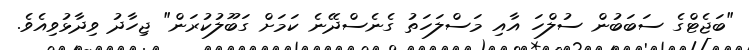
"ބަޖެޓްގެ ސަބަބުން ސުލްހަ އާއި މަސްލަހަތު ގެނެސްދޭނެ ކަމަށް ގަބޫލުކުރަން" ޖިހާދު ވިދާޅުވިއެވެ.